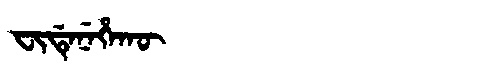
Manchu: ᠸᡳᡩᡝᠨᡝᡥᠠᡴᡡ
Romanization: FIDENEHAKŪ